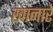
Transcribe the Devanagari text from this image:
खानारे